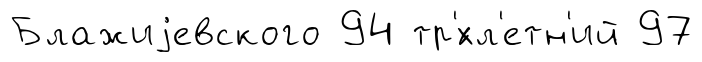
Блажиjевского 94 тр'́хл'етн'ий 97